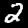
Digit: 2